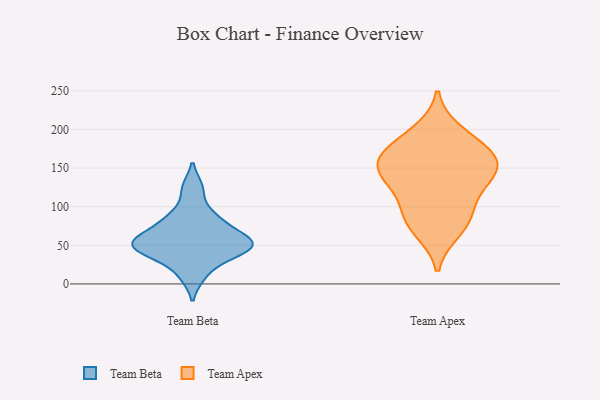
{"axis": {"x": "Waste Production (Tons)", "y": "Value"}, "legend": ["Team Apex", "Team Beta"], "data": [{"x": "", "y": 65, "type": "Team Beta"}, {"x": "", "y": 49, "type": "Team Beta"}, {"x": "", "y": 36, "type": "Team Beta"}, {"x": "", "y": 57, "type": "Team Beta"}, {"x": "", "y": 42, "type": "Team Beta"}, {"x": "", "y": 11, "type": "Team Beta"}, {"x": "", "y": 51, "type": "Team Beta"}, {"x": "", "y": 52, "type": "Team Beta"}, {"x": "", "y": 81, "type": "Team Beta"}, {"x": "", "y": 89, "type": "Team Beta"}, {"x": "", "y": 124, "type": "Team Beta"}, {"x": "", "y": 149, "type": "Team Apex"}, {"x": "", "y": 176, "type": "Team Apex"}, {"x": "", "y": 127, "type": "Team Apex"}, {"x": "", "y": 171, "type": "Team Apex"}, {"x": "", "y": 155, "type": "Team Apex"}, {"x": "", "y": 70, "type": "Team Apex"}, {"x": "", "y": 86, "type": "Team Apex"}, {"x": "", "y": 154, "type": "Team Apex"}, {"x": "", "y": 90, "type": "Team Apex"}, {"x": "", "y": 196, "type": "Team Apex"}, {"x": "", "y": 132, "type": "Team Apex"}]}